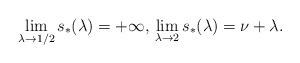
LaTeX: \begin{align*} \displaystyle\lim_{\lambda\rightarrow 1/2} s_* (\lambda)=+\infty,\,\displaystyle\lim_{\lambda\rightarrow 2} s_* (\lambda)= \nu+\lambda. \end{align*}